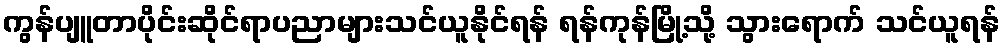
ကွန်ပျူတာပိုင်းဆိုင်ရာပညာများသင်ယူနိုင်ရန် ရန်ကုန်မြို့သို့ သွားရောက် သင်ယူရန်